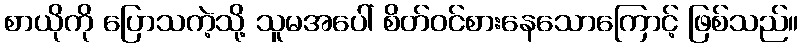
စာယိုကို ပြောသကဲ့သို့ သူမအပေါ် စိတ်ဝင်စားနေသောကြောင့် ဖြစ်သည်။